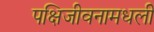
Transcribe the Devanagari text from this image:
पक्षिजीवनामधली